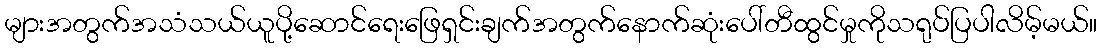
များအတွက်အသံသယ်ယူပို့ဆောင်ရေးဖြေရှင်းချက်အတွက်နောက်ဆုံးပေါ်တီထွင်မှုကိုသရုပ်ပြပါလိမ့်မယ်။